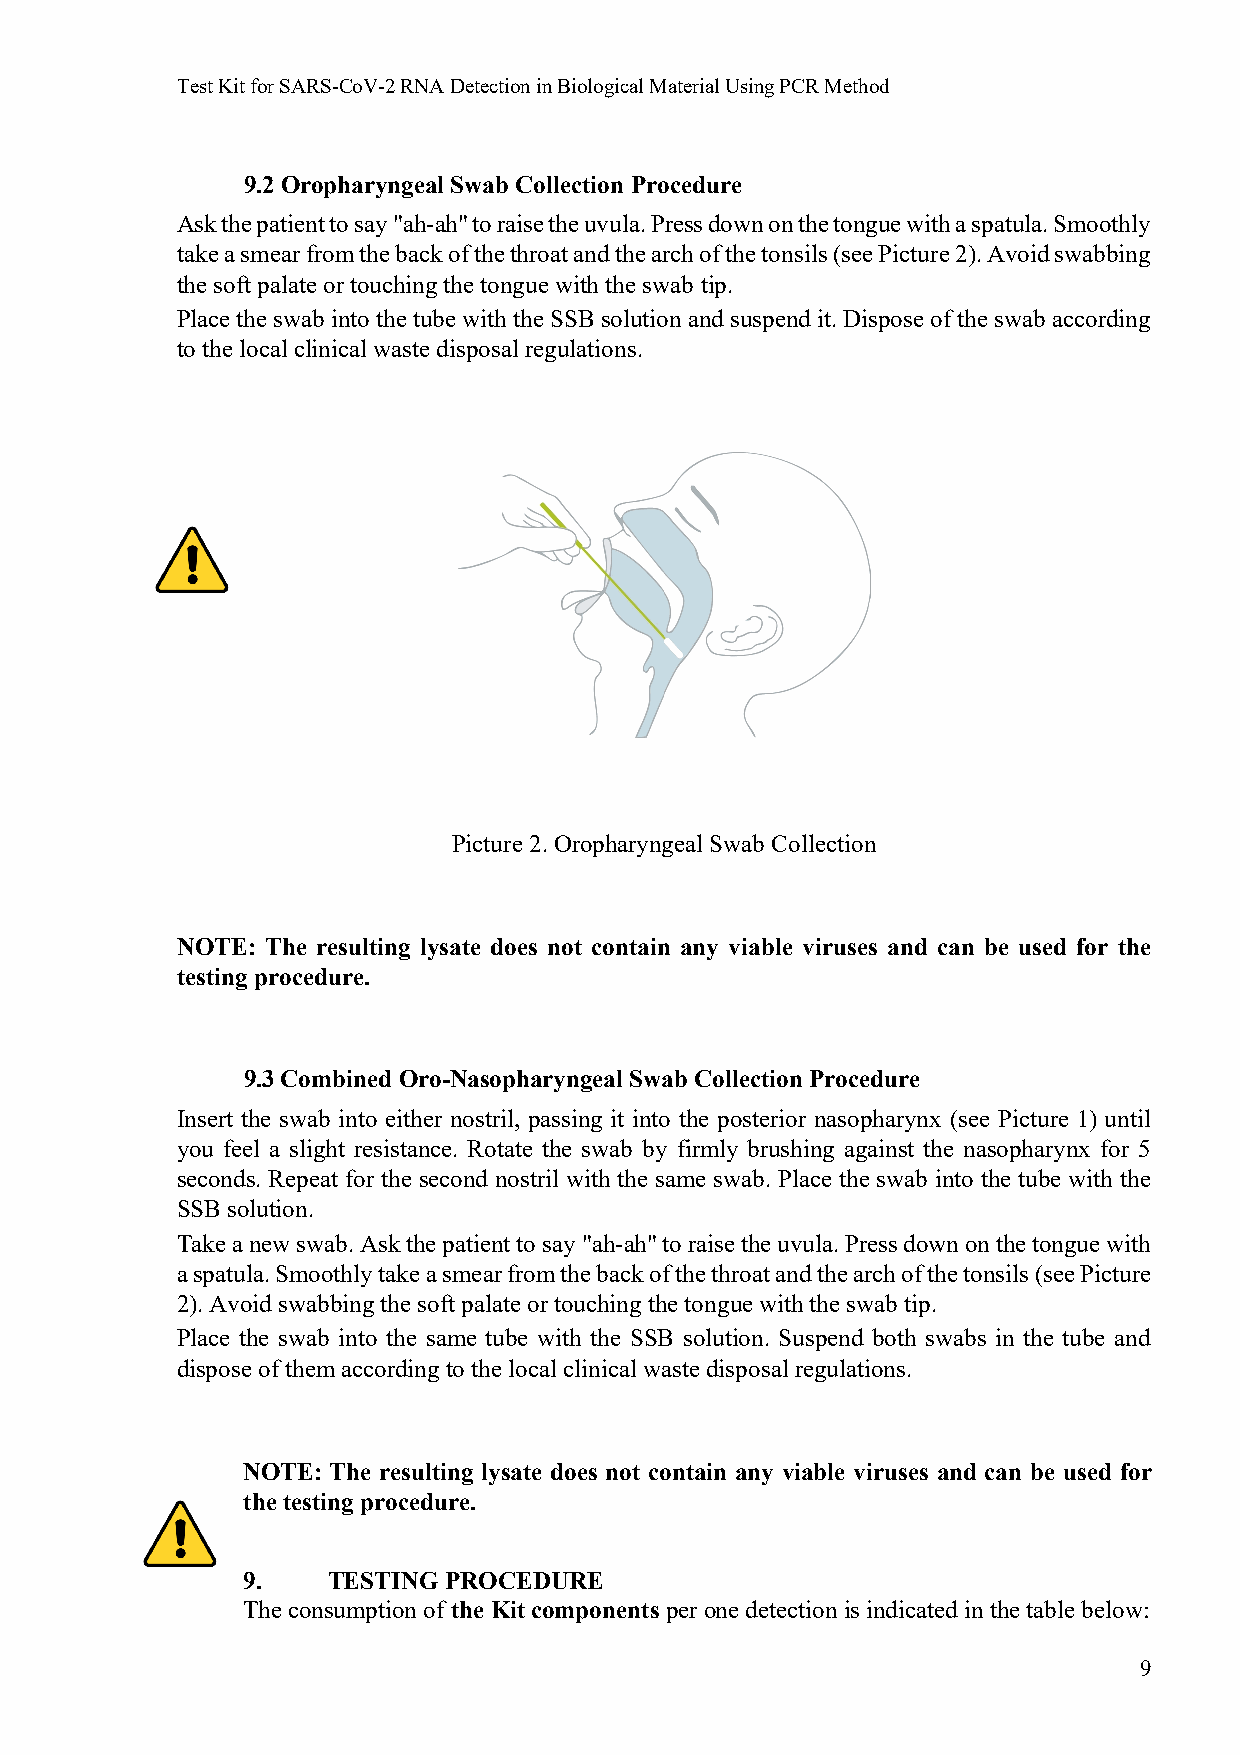
Test Kit for SARS-CoV-2 RNA Detection in Biological Material Using PCR Method
 9.2 Oropharyngeal Swab Collection Procedure
 Ask the patient to say "ah-ah" to raise the uvula. Press down on the tongue with a spatula. Smoothly
 take a smear from the back of the throat and the arch of the tonsils (see Picture 2). Avoid swabbing
 the soft palate or touching the tongue with the swab tip.
 Place the swab into the tube with the SSB solution and suspend it. Dispose of the swab according
 to the local clinical waste disposal regulations.
 Picture 2. Oropharyngeal Swab Collection
 NOTE: The resulting lysate does not contain any viable viruses and can be used for the
 testing procedure.
 9.3 Combined Oro-Nasopharyngeal Swab Collection Procedure
 Insert the swab into either nostril, passing it into the posterior nasopharynx (see Picture 1) until
 you feel a slight resistance. Rotate the swab by firmly brushing against the nasopharynx for 5
 seconds. Repeat for the second nostril with the same swab. Place the swab into the tube with the
 SSB solution.
 Take a new swab. Ask the patient to say "ah-ah" to raise the uvula. Press down on the tongue with
 a spatula. Smoothly take a smear from the back of the throat and the arch of the tonsils (see Picture
 2). Avoid swabbing the soft palate or touching the tongue with the swab tip.
 Place the swab into the same tube with the SSB solution. Suspend both swabs in the tube and
 dispose of them according to the local clinical waste disposal regulations.
 NOTE: The resulting lysate does not contain any viable viruses and can be used for
 the testing procedure.
 9.    TESTING PROCEDURE
 The consumption of the Kit components per one detection is indicated in the table below:
 9